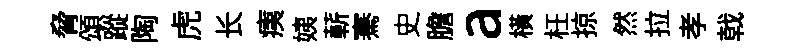
脅頌蹤陶虎长痍姨蔪騫史膽a横枉掠然拉孝戟